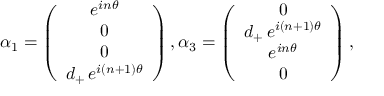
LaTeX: \alpha _ { 1 } = \left( \begin{array} { c } { { e ^ { i n \theta } } } \\ { { 0 } } \\ { { 0 } } \\ { { d _ { + } \, e ^ { i ( n + 1 ) \theta } } } \end{array} \right) , \alpha _ { 3 } = \left( \begin{array} { c } { { 0 } } \\ { { d _ { + } \, e ^ { i ( n + 1 ) \theta } } } \\ { { e ^ { i n \theta } } } \\ { { 0 } } \end{array} \right) ,